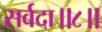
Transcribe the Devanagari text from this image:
सर्वदा॥८॥